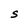
Character: S